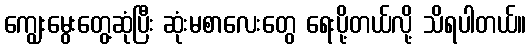
ကျွေးမွေးတွေ့ဆုံပြီး ဆုံးမစာလေးတွေ ရေးပို့တယ်လို့ သိရပါတယ်။